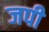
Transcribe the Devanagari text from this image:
जपी